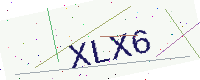
Text: XLX6